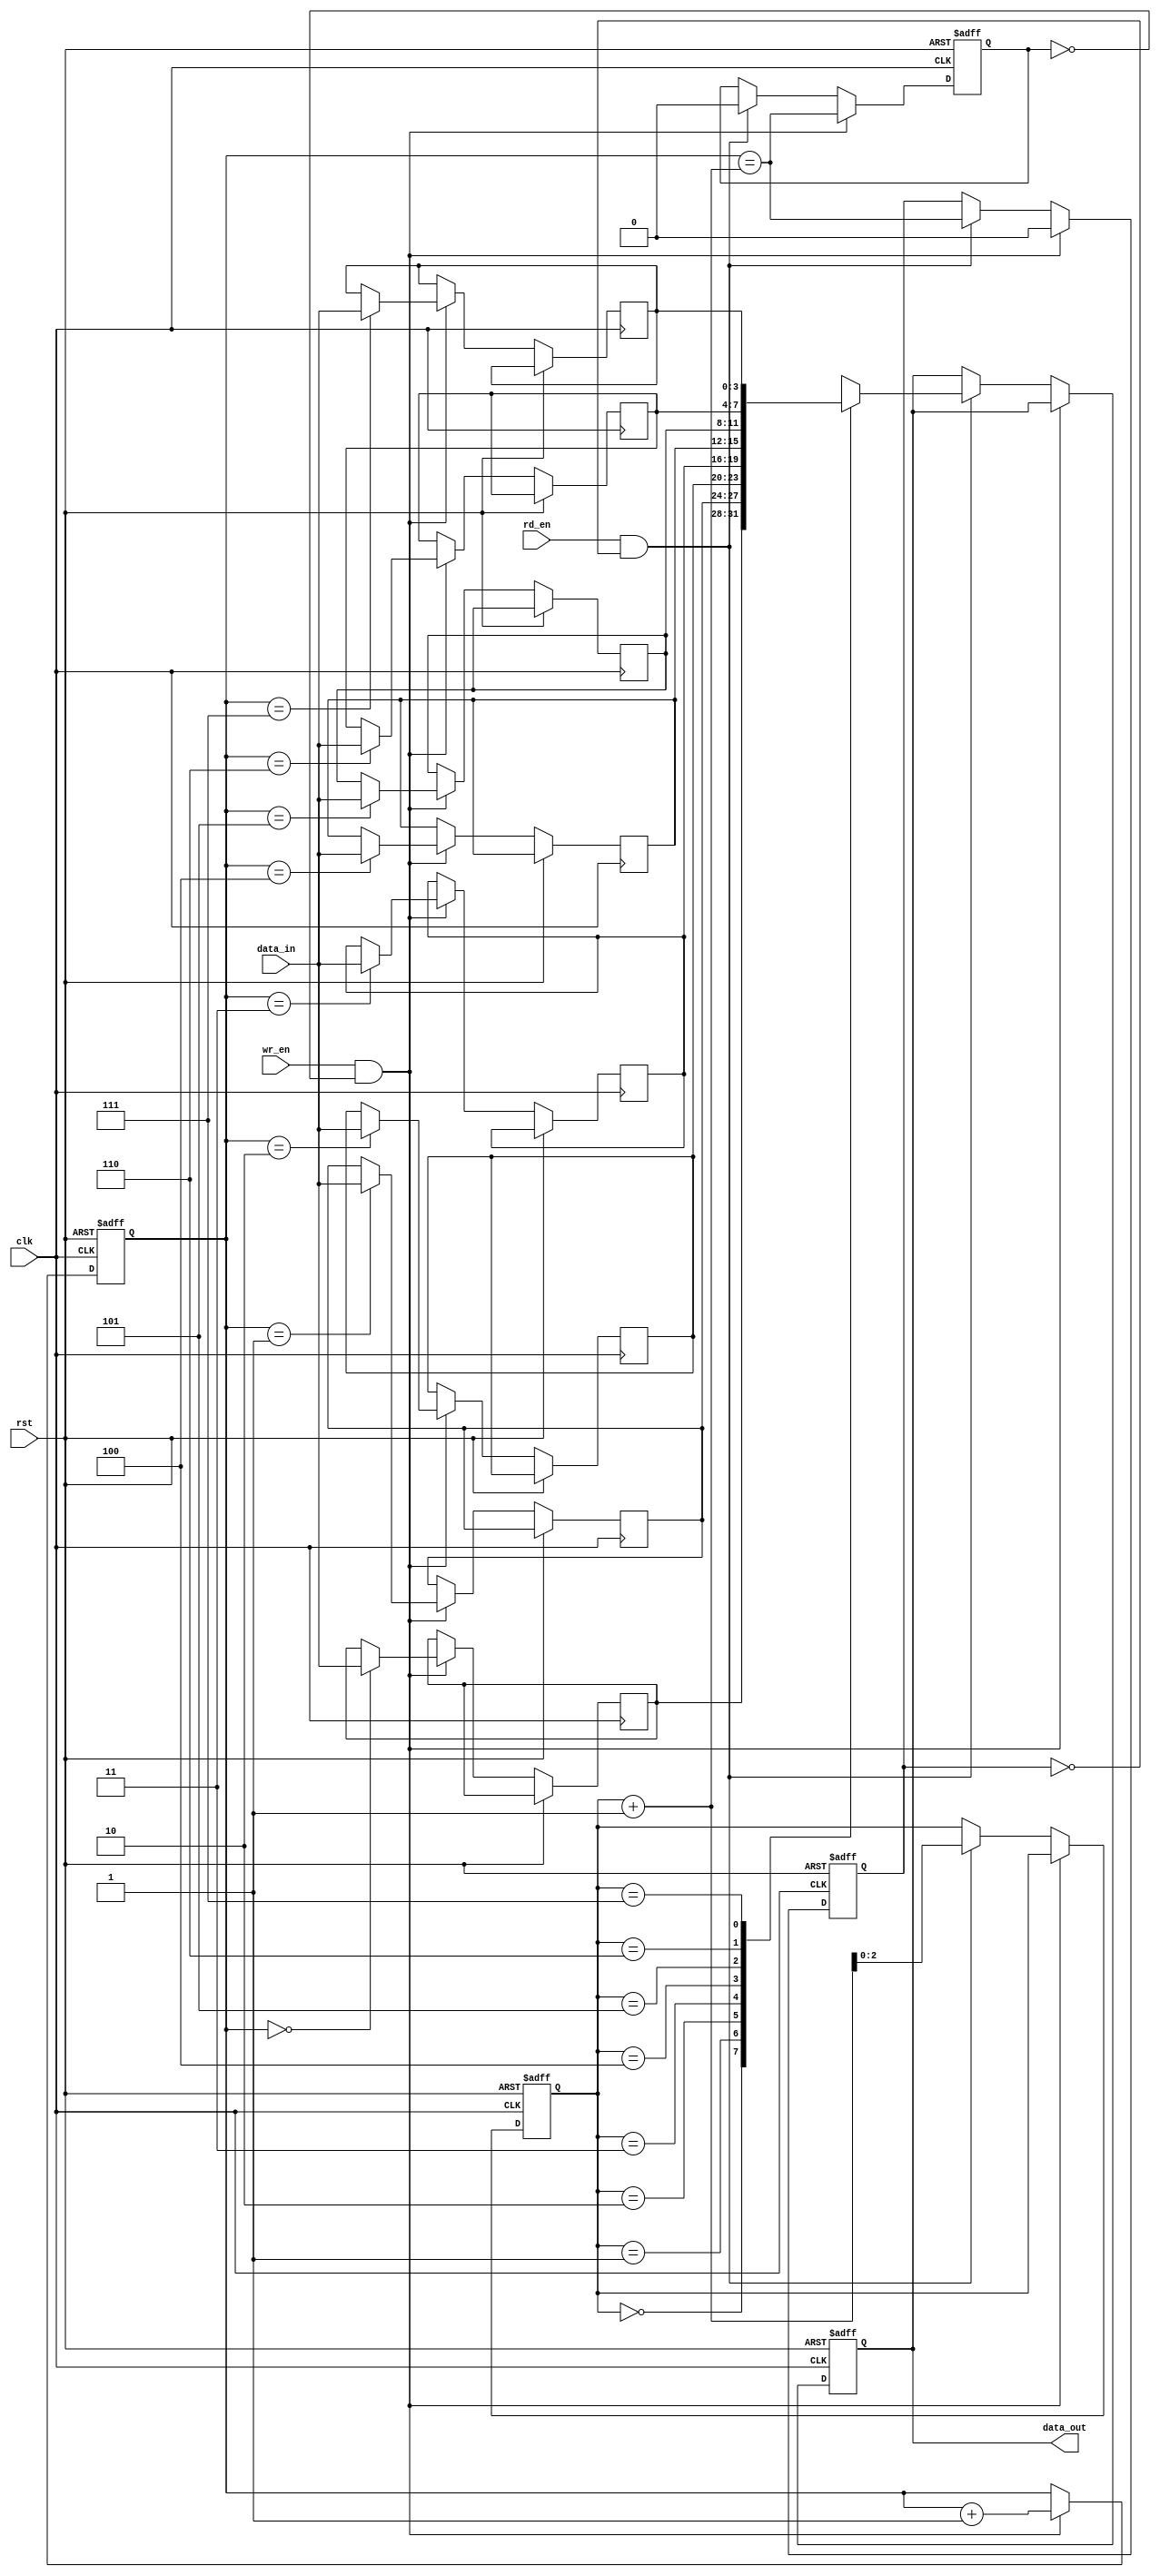
module fifo
(
    input wire clk,
    input wire rst,
    input wire wr_en,
    input wire rd_en,
    input wire [3:0] data_in,
    output reg [3:0] data_out
);

reg [3:0] memory [7:0]; // 8 locations in memory array
reg [2:0] write_ptr, read_ptr;
reg full, empty;

always @(posedge clk or posedge rst)
begin
    if (rst)
    begin
        write_ptr <= 3'b000;
        read_ptr <= 3'b000;
        full <= 1'b0;
        empty <= 1'b1;
        data_out <= 4'b0;
    end
    else if (wr_en && !full)
    begin
        memory[write_ptr] <= data_in;
        write_ptr <= write_ptr + 1;
        full <= (write_ptr == read_ptr + 1);
        empty <= 1'b0;
    end
    else if (rd_en && !empty)
    begin
        data_out <= memory[read_ptr];
        read_ptr <= read_ptr + 1;
        empty <= (write_ptr == read_ptr + 1);
        full <= 1'b0;
    end
end

endmodule